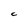
Character: C